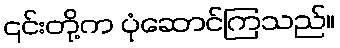
၎င်းတို့က ပုံဆောင်ကြသည်။